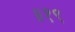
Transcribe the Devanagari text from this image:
॥१९